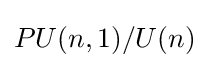
PU(n,1)/U(n)